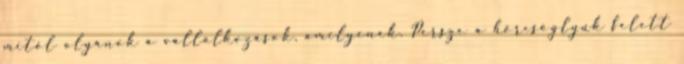
mitől olyanok a vállalkozások, amilyenek. Persze a hörcsöglyuk felett